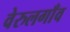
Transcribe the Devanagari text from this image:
वेरुलगाँव